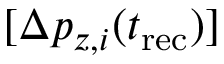
[ \Delta p _ { z , i } ( t _ { \mathrm { r e c } } ) ]